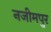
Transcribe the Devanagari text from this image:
नजीमपुर